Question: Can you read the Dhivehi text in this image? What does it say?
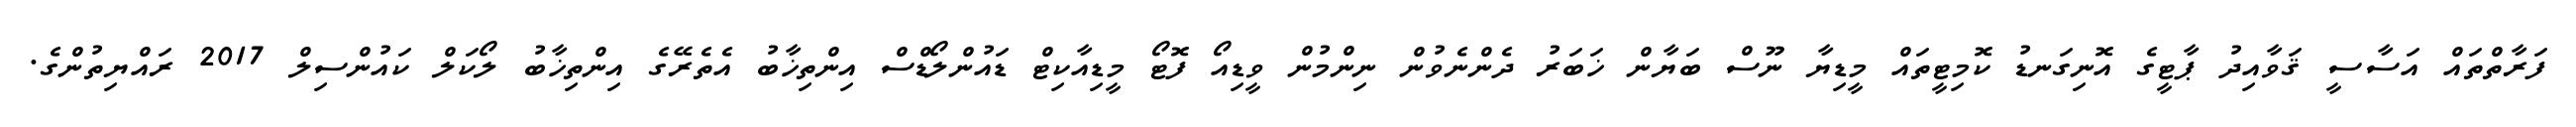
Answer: ފަރާތްތައް އަސާސީ ޤަވާއިދު ޕާޓީގެ އޮނިގަނޑު ކޮމިޓީތައް މީޑިޔާ ނޫސް ބަޔާން ޚަބަރު ދެންނެވުން ނިންމުން ވީޑިއޯ ފޮޓޯ މީޑިއާކިޓް ޑައުންލޯޑްސް އިންތިޚާބު އެތެރޭގެ އިންތިޚާބު ލޯކަލް ކައުންސިލް 2017 ރައްޔިތުންގެ.